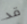
قد